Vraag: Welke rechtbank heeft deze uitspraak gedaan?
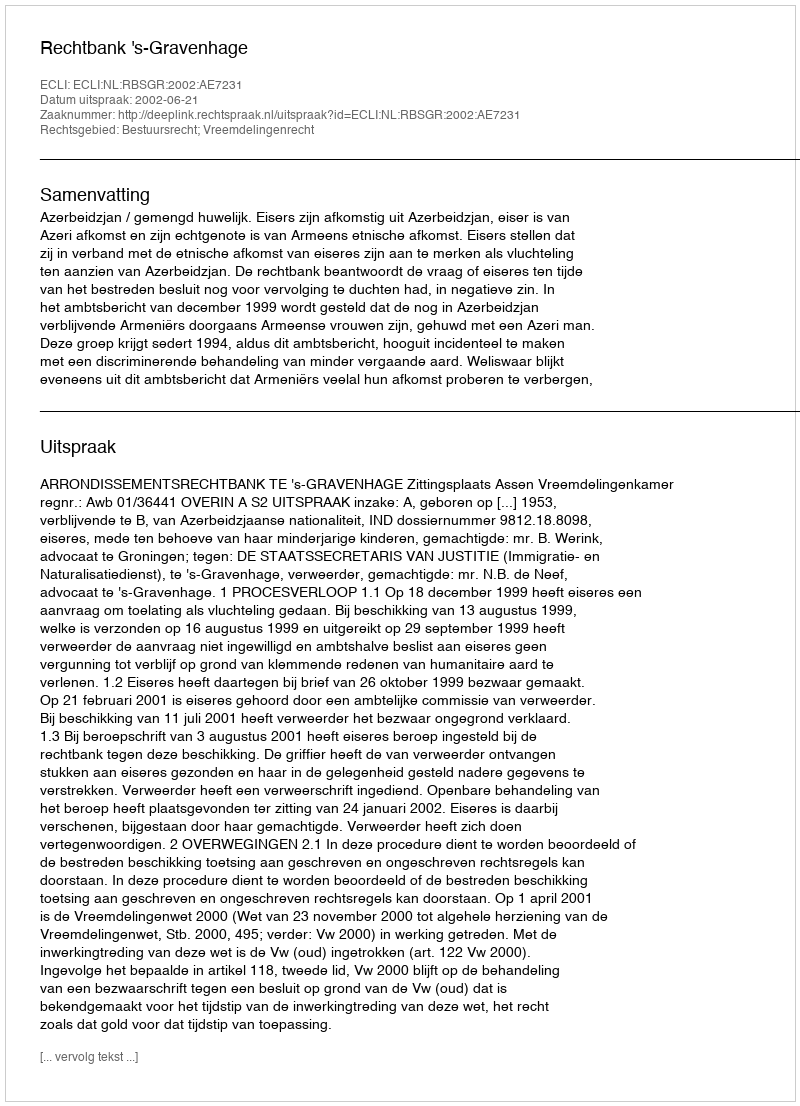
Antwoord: Rechtbank 's-Gravenhage